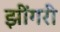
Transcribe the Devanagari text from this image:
झींगरी